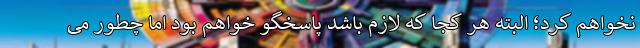
نخواهم کرد؛ البته هر کجا که لازم باشد پاسخگو خواهم بود اما چطور می